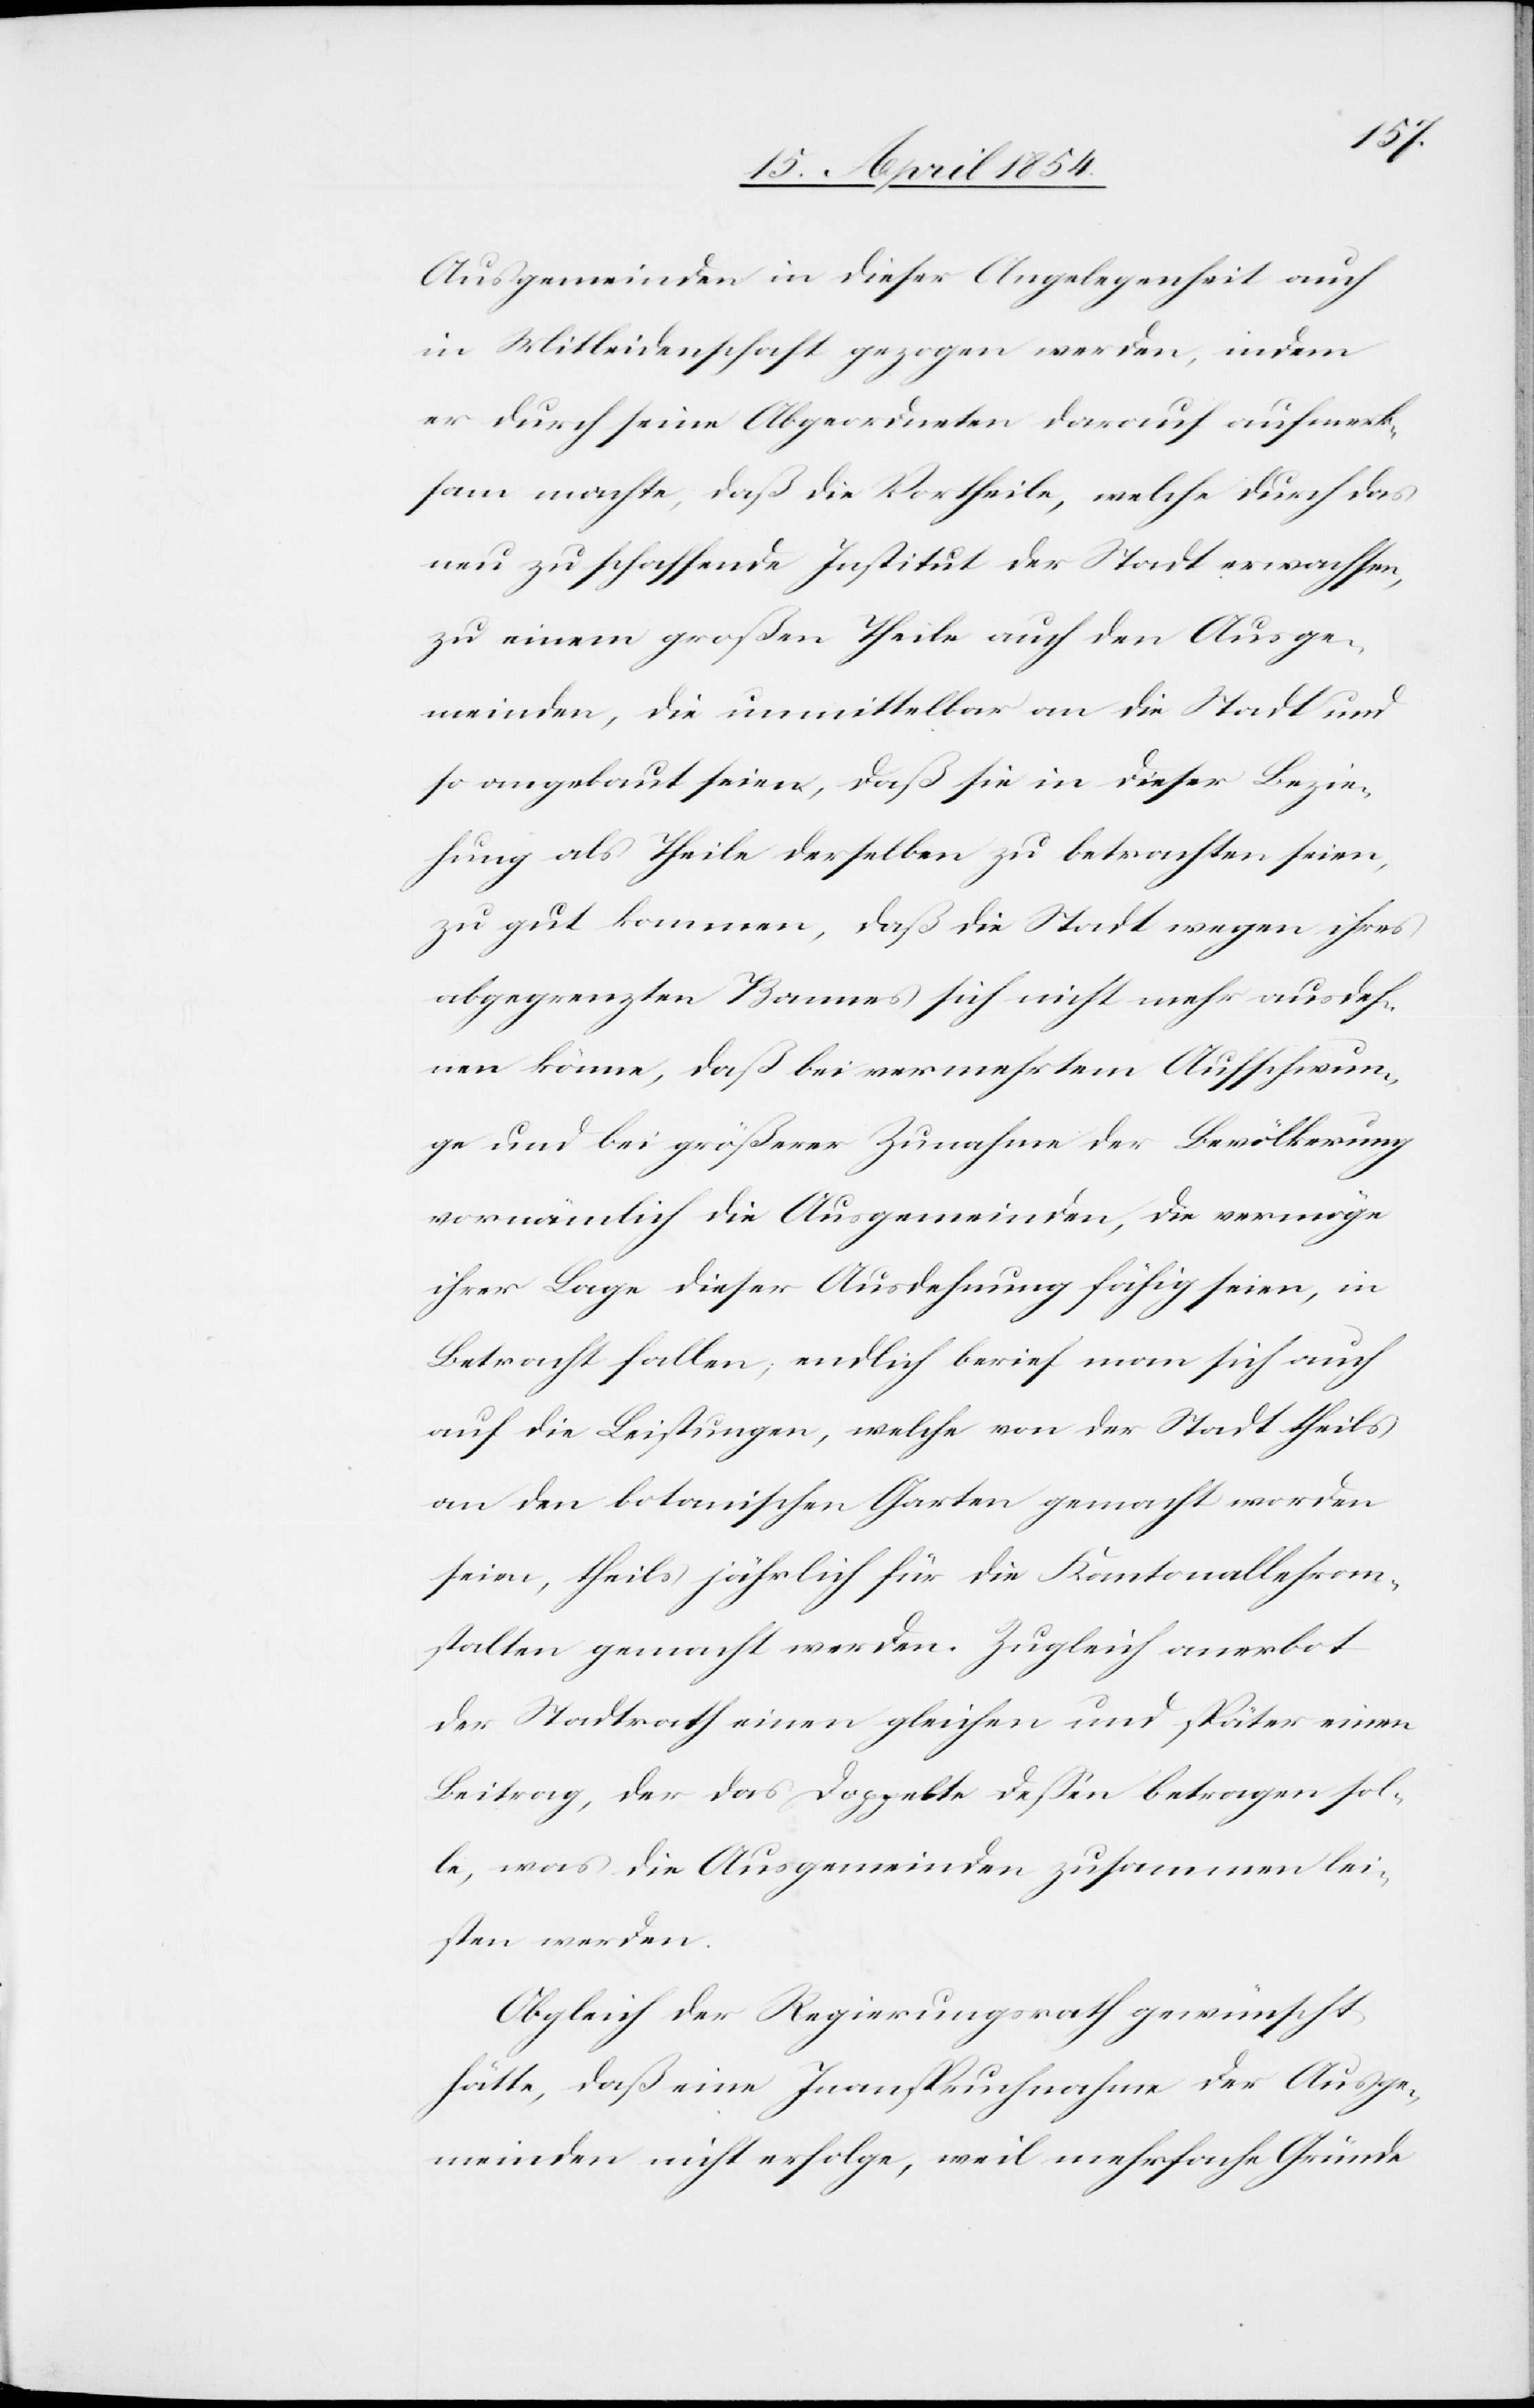
Ausgemeinden in dieser Angelegenheit auch
in Mitleidenschaft gezogen werden, indem
er durch seine Abgeordneten darauf aufmerk¬
sam machte, daß die Vortheile, welche durch das
neu zu schaffende Institut der Stadt erwachsen,
zu einem großen Theile auch den Ausge¬
meinden, die unmittelbar an die Stadt und
so angebaut seien, daß sie in dieser Bezie¬
hung als Theile derselben zu betrachten seien,
zu gut kommen, daß die Stadt wegen ihres
abgegrenzten Bannes sich nicht mehr ausdeh¬
nen könne, daß bei vermehrtem Aufschwun¬
ge und bei größerer Zunahme der Bevölkerung
vornämlich die Ausgemeinden, die vermöge
ihrer Lage dieser Ausdehnung fähig seien, in
Betracht fallen; endlich berief man sich auch
auf die Leistungen, welche von der Stadt theils
an den botanischen Garten gemacht worden
seien, theils jährlich für die Kantonallehran¬
stalten gemacht werden. Zugleich anerbot
der Stadtrath einen gleichen und später einen
Beitrag, der das Doppelte deßen betragen sol¬
le, was die Ausgemeinden zusammen lei¬
sten werden.
Obgleich der Regierungsrath gewünscht
hätte, daß eine Inanspruchnahme der Ausge¬
meinden nicht erfolge, weil mehrfache Gründe